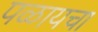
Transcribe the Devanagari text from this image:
पळायचा